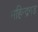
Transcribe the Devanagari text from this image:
महिन्द्रगड